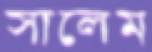
সালেম